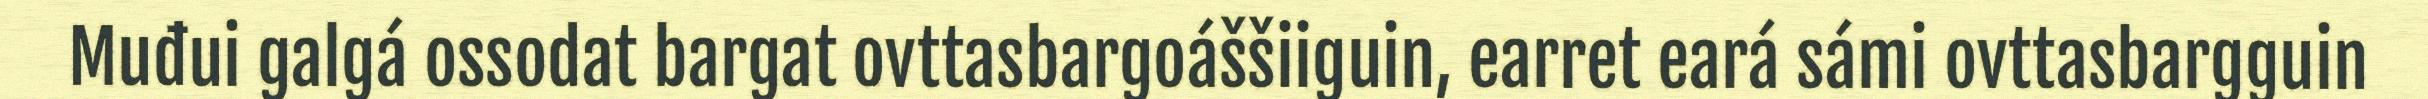
Muđui galgá ossodat bargat ovttasbargoáššiiguin, earret eará sámi ovttasbargguin